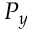
P _ { y }